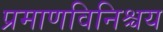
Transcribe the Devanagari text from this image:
प्रमाणविनिश्चय